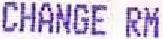
CHANGE RM